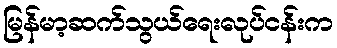
မြန်မာ့ဆက်သွယ်ရေးလုပ်ငန်းက